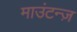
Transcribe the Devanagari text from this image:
माउंटन्ज़